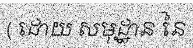
( ដោយ សមុដ្ឋាន នៃ